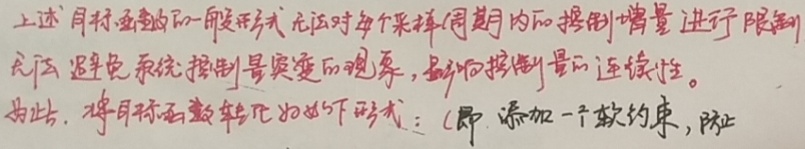
上述目标函数的一般形式无法对每个采样周期内的控制增量进行限制，无法避免系统控制量突变的现象，影响控制量的连续性。为此，将目标函数转化为如下形式：(即添加一个软约束，防止